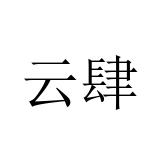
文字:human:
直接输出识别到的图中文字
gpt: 云肆